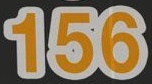
156